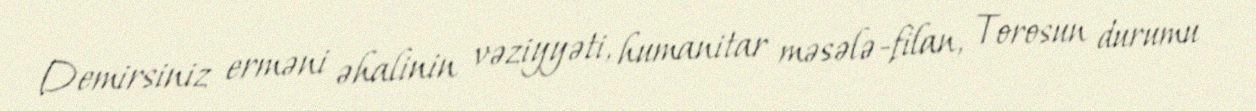
Demirsiniz erməni əhalinin vəziyyəti, humanitar məsələ-filan, Torosun durumu